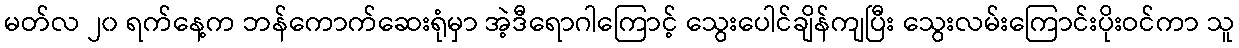
မတ်လ ၂၀ ရက်နေ့က ဘန်ကောက်ဆေးရုံမှာ အဲ့ဒီရောဂါကြောင့် သွေးပေါင်ချိန်ကျပြီး သွေးလမ်းကြောင်းပိုးဝင်ကာ သူ